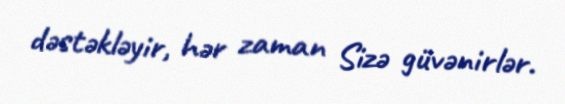
dəstəkləyir, hər zaman Sizə güvənirlər.